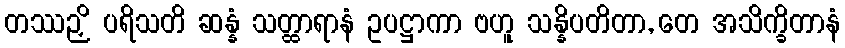
တဿဉှိ ပရိသတိ ဆန္နံ သတ္ထာရာနံ ဥပဋ္ဌာကာ ဗဟူ သန္နိပတိတာ, တေ အသိက္ခိတာနံ